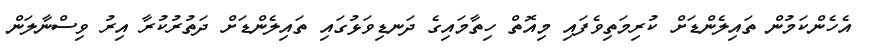
އެހެންކަމުން ތައިލެންޑަށް ކުރިމަތިވެފައި މިއޮތް ހިތާމައިގެ ދަނޑިވަޅުގައި ތައިލެންޑަށް ދަތުރުކުރާ އިރު ވިސްނާލަން